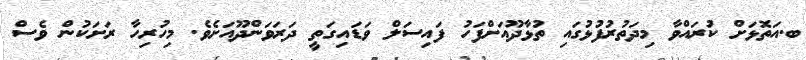
ބ.އަތޮޅަށް ކުރައްވާ މިދަތުރުފުޅުގައި ތުޅާދޫއަށްފަހު ފައިސަލް ވަޑައިގަތީ ދަރަވަންދޫއަށެވެ. މިހުރިހާ ރަށަކުން ވެސް